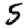
Digit: 5